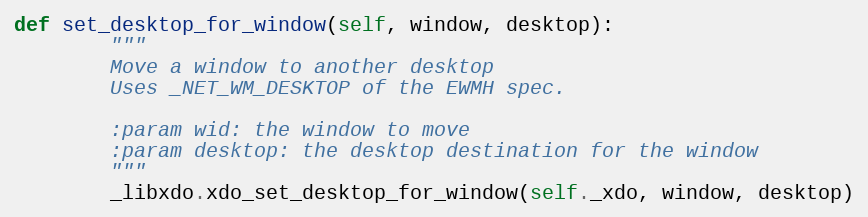
Language: Python
def set_desktop_for_window(self, window, desktop):
        """
        Move a window to another desktop
        Uses _NET_WM_DESKTOP of the EWMH spec.

        :param wid: the window to move
        :param desktop: the desktop destination for the window
        """
        _libxdo.xdo_set_desktop_for_window(self._xdo, window, desktop)